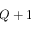
Q + 1